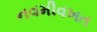
નવમીવખત